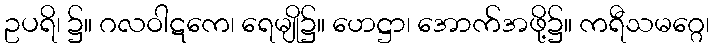
ဥပရိ၊ ၌။ ဂလဝါဋကေ၊ ရေမျို၌။ ဟေဋ္ဌာ၊ အောက်အဖို့၌။ ကရီသမဂ္ဂေ၊